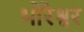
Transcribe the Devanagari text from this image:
भोरेश्वर